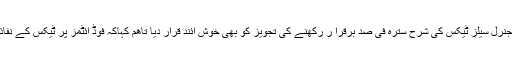
راولپنڈی چیمبرکے صدر نے جنرل سیلز ٹیکس کی شرح سترہ فی صد برقرا ر رکھنے کی تجویز کو بھی خوش آئند قرار دیا تاھم کہاکہ فوڈ آئٹمز پر ٹیکس کے نفاذ سے گھریلو بجٹ متاثر ہو گا۔